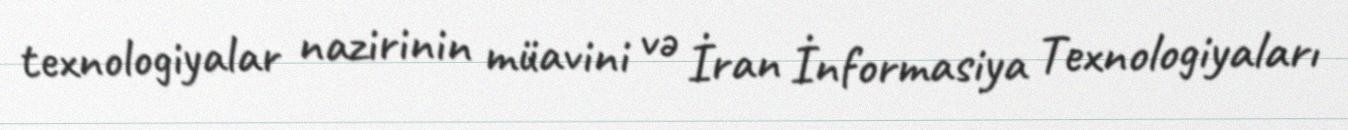
texnologiyalar nazirinin müavini və İran İnformasiya Texnologiyaları